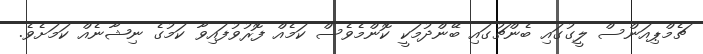
ޗެމްޕިއަންސް ލީގުގައި ބެންޗުގައި ބޭންދުމަކީ ކޮންމެވެސް ކަމެއް ފޮރުވުފައިވާ ކަމުގެ ނިޝާނެއް ކަމަށެވެ.